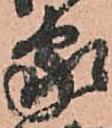
家